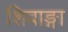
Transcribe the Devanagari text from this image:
शिवाङ्गा